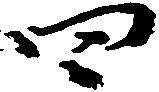
四